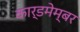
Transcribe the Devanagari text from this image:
कार्डमेम्बर